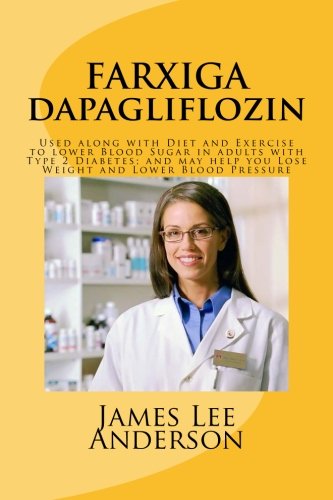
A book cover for FARXIGA (Dapagliflozin): Used along with Diet and Exercise to lower Blood Sugar in adults with Type 2 Diabetes; and may help you Lose Weight and Lower Blood Pressure; James Lee Anderson; Health, Fitness & Dieting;